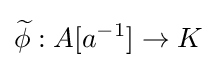
{\widetilde {\phi }}:A[a^{-1}]\to K